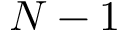
N - 1